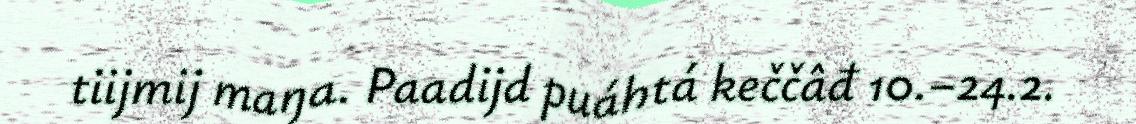
tiijmij maŋa. Paadijd puáhtá keččâđ 10.–24.2.